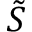
\tilde { S }